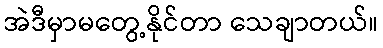
အဲဒီမှာမတွေ့နိုင်တာ သေချာတယ်။